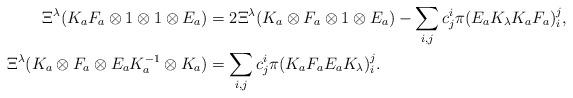
LaTeX: \begin{align*}\Xi^\lambda (K_a F_a \otimes 1 \otimes 1 \otimes E_a) & = 2 \Xi^\lambda (K_a \otimes F_a \otimes 1 \otimes E_a) - \sum_{i,j}c_{j}^{i}\pi(E_{a}K_{\lambda}K_{a}F_{a})_{i}^{j}, \\\Xi^\lambda (K_a \otimes F_a \otimes E_a K_a^{-1} \otimes K_a) & = \sum_{i,j}c_{j}^{i}\pi(K_{a}F_{a}E_{a}K_{\lambda})_{i}^{j}.\end{align*}